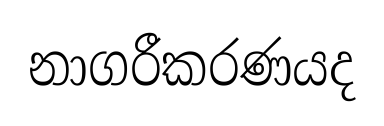
නාගරීකරණයද